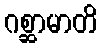
ဂစ္ဆာမာတိ